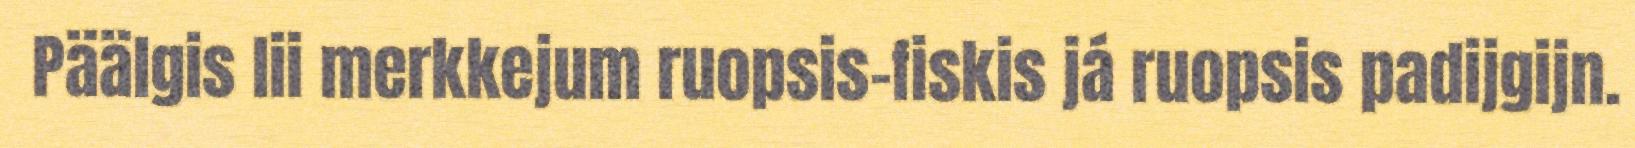
Päälgis lii merkkejum ruopsis-fiskis já ruopsis padijgijn.